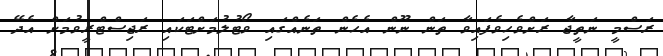
ރަސްމީ ނަތީޖާ ރަށްވެހިވެފައިވާ ތަން ނޫން އެހެން ތަނެއްގައި ވޯޓުލުމަށްޓަކައި ރަޖިސްޓްރީވުމަށް އެދޭ